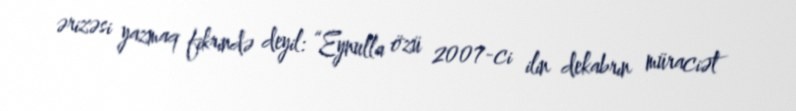
ərizəsi yazmaq fikrində deyil: “Eynulla özü 2007-ci ilin dekabrın müraciət